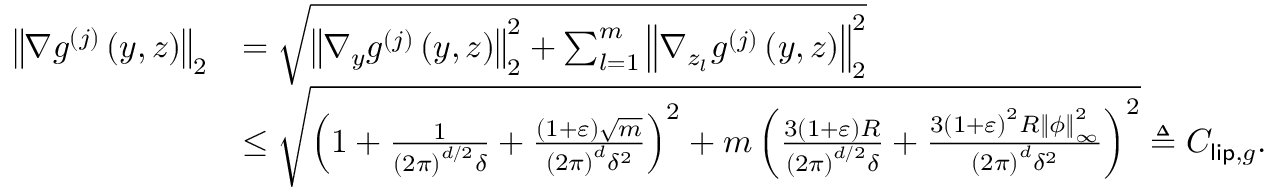
\begin{array} { r l } { \left\Vert \nabla g ^ { ( j ) } \left( y , z \right) \right\Vert _ { 2 } } & { = \sqrt { \left\Vert \nabla _ { y } g ^ { ( j ) } \left( y , z \right) \right\Vert _ { 2 } ^ { 2 } + \sum _ { l = 1 } ^ { m } \left\Vert \nabla _ { z _ { l } } g ^ { ( j ) } \left( y , z \right) \right\Vert _ { 2 } ^ { 2 } } } \\ & { \leq \sqrt { \left( 1 + \frac { 1 } { \left( 2 \pi \right) ^ { d / 2 } \delta } + \frac { \left( 1 + \varepsilon \right) \sqrt { m } } { \left( 2 \pi \right) ^ { d } \delta ^ { 2 } } \right) ^ { 2 } + m \left( \frac { 3 \left( 1 + \varepsilon \right) R } { \left( 2 \pi \right) ^ { d / 2 } \delta } + \frac { 3 \left( 1 + \varepsilon \right) ^ { 2 } R \left\Vert \phi \right\Vert _ { \infty } ^ { 2 } } { \left( 2 \pi \right) ^ { d } \delta ^ { 2 } } \right) ^ { 2 } } \triangleq C _ { \mathsf { l i p } , g } . } \end{array}